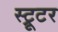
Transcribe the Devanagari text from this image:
स्ट्रूटर